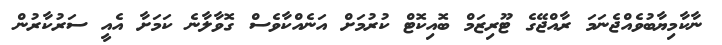
ނާކާމިޔާބުވެއްޖެނަމަ ރާއްޖޭގެ ޓޫރިޒަމް ބޮއިކޮޓް ކުރުމަށް އަނެއްކާވެސް ގޮވާލާނެ ކަމަށާ އެއީ ސަރުކާރުން